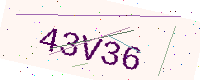
Text: 43V36